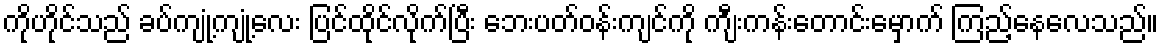
ကိုဟိုင်သည် ခပ်ကျုံ့ကျုံ့လေး ပြင်ထိုင်လိုက်ပြီး ဘေးပတ်ဝန်းကျင်ကို ကျီးကန်းတောင်းမှောက် ကြည့်နေလေသည်။